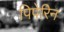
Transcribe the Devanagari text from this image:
पिपेरिन